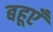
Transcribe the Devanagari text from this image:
बहूएँ